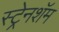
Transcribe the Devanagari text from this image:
स्ट्रेनशॅम